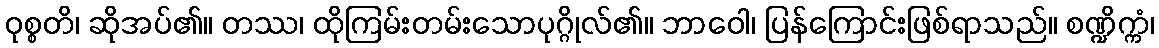
ဝုစ္စတိ၊ ဆိုအပ်၏။ တဿ၊ ထိုကြမ်းတမ်းသောပုဂ္ဂိုလ်၏။ ဘာဝေါ၊ ပြန်ကြောင်းဖြစ်ရာသည်။ စဏ္ဍိက္ကံ၊